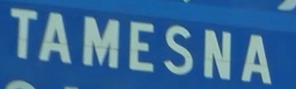
TAMESNA